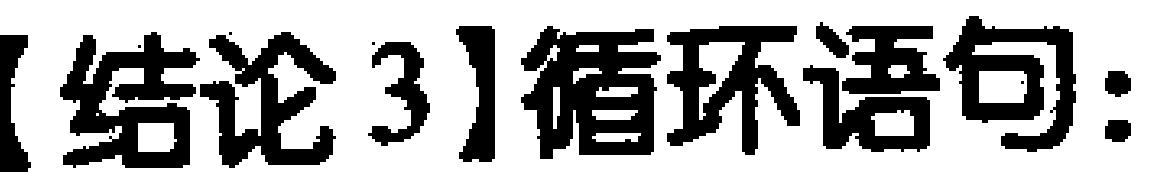
【结论3】循环语句: